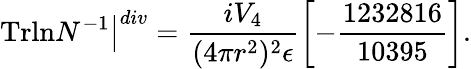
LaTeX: \left.\mathrm{Trln}N^{-1}\right\vert^{div}=\frac{iV_{4}}{(4\pi r^{2})^{2}\epsilon}\left[-\frac{1232816}{10395}\right].